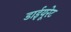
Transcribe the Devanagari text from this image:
डाईयूरेट